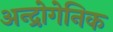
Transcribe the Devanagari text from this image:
अन्द्रोगेनिक